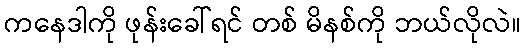
ကနေဒါကို ဖုန်းခေါ်ရင် တစ် မိနစ်ကို ဘယ်လိုလဲ။